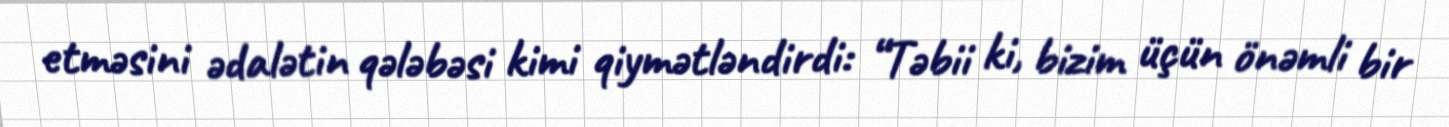
etməsini ədalətin qələbəsi kimi qiymətləndirdi: “Təbii ki, bizim üçün önəmli bir